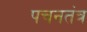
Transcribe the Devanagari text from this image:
पचनतंत्र